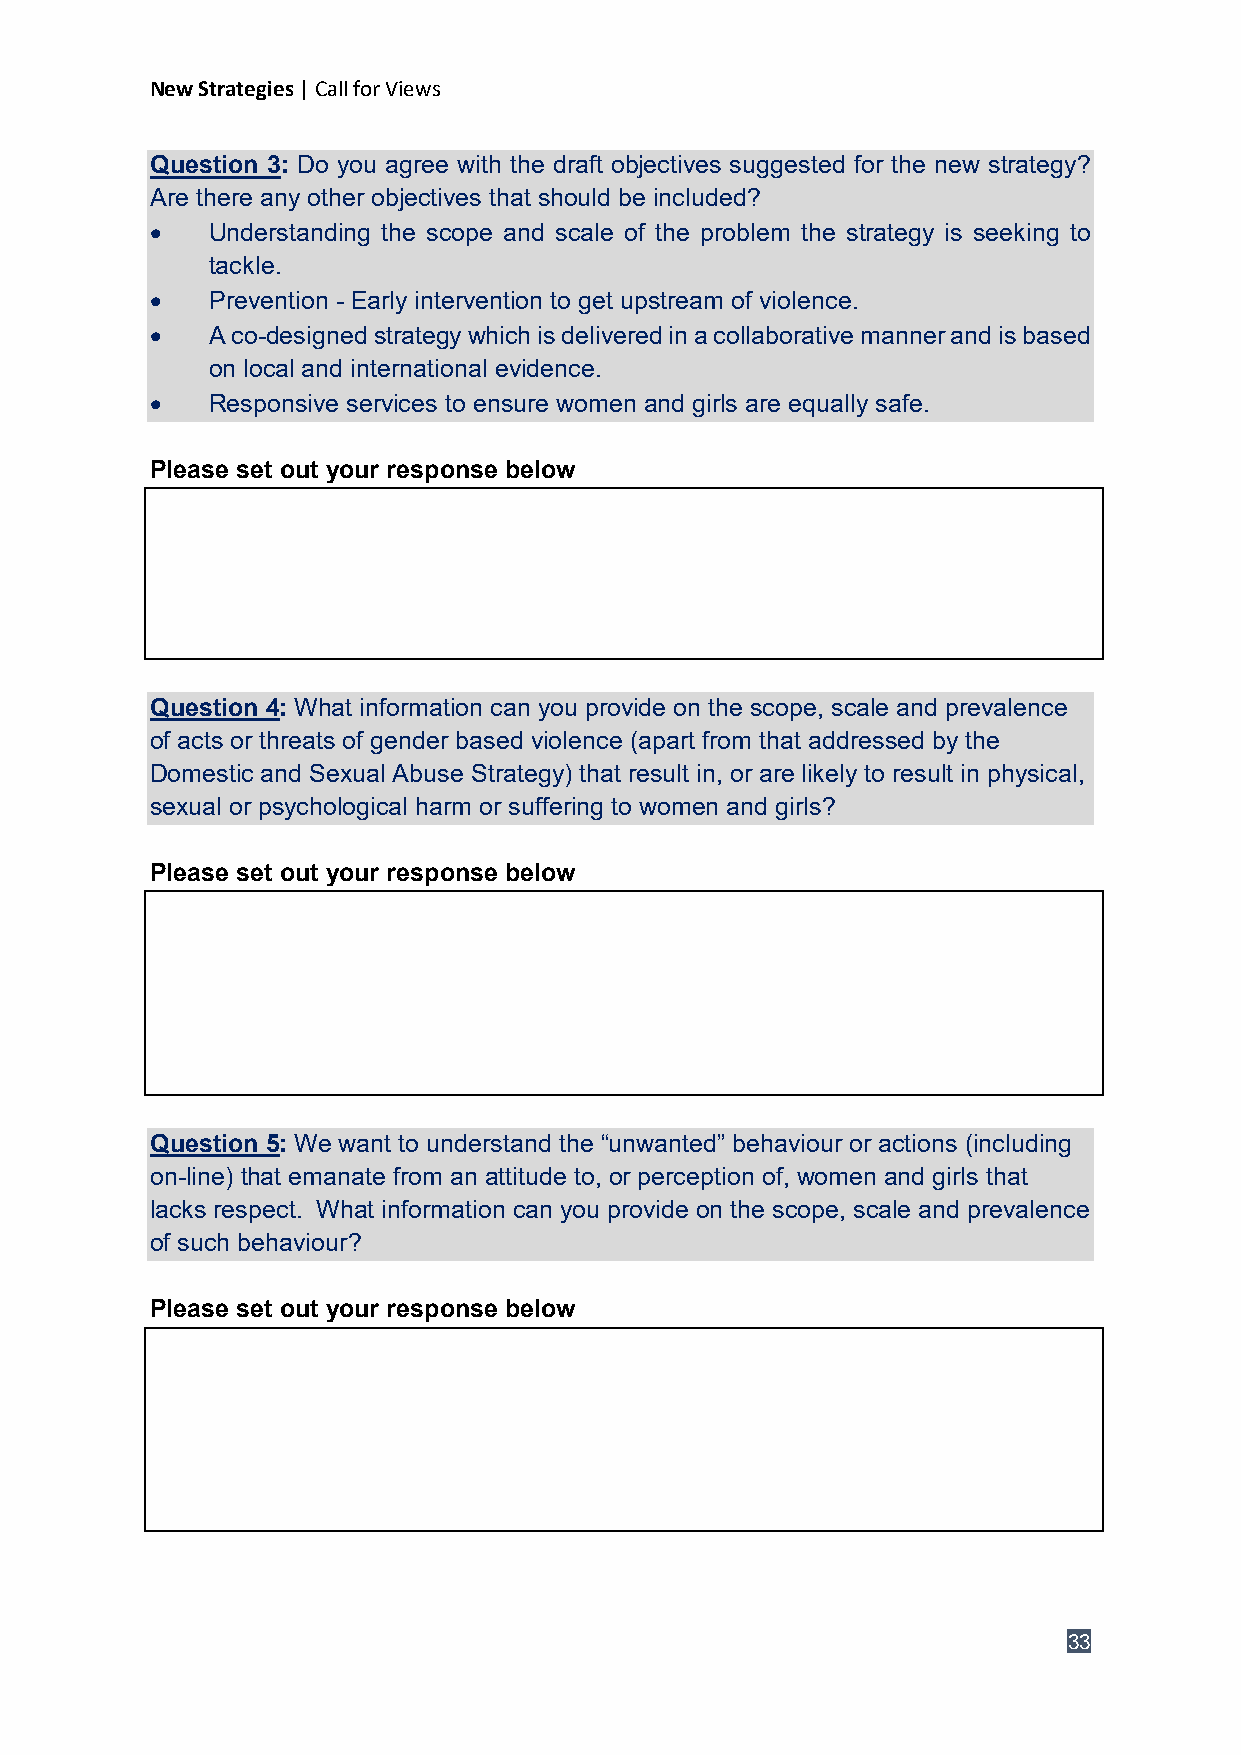
New Strategies | Call for Views
 Question 3: Do you agree with the draft objectives suggested for the new strategy?
 Are there any other objectives that should be included?
 •   Understanding the scope and scale of the problem the strategy is seeking to
 tackle.
 •   Prevention - Early intervention to get upstream of violence.
 •   A co-designed strategy which is delivered in a collaborative manner and is based
 on local and international evidence.
 •   Responsive services to ensure women and girls are equally safe.
 Please set out your response below
 Question 4: What information can you provide on the scope, scale and prevalence
 of acts or threats of gender based violence (apart from that addressed by the
 Domestic and Sexual Abuse Strategy) that result in, or are likely to result in physical,
 sexual or psychological harm or suffering to women and girls?
 Please set out your response below
 Question 5: We want to understand the “unwanted” behaviour or actions (including
 on-line) that emanate from an attitude to, or perception of, women and girls that
 lacks respect. What information can you provide on the scope, scale and prevalence
 of such behaviour?
 Please set out your response below
 33